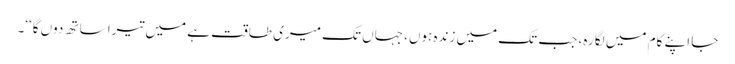
جا اپنے کام میں لگا رہ، جب تک میں زندہ ہوں، جہاں تک میری طاقت ہے میں تیرا ساتھ دوں گا‘‘۔